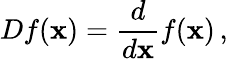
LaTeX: Df(\mathbf{x})={\frac{{d}}{{d\mathbf{x}}}}f(\mathbf{x})\, ,